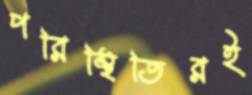
পরিস্থিতিরই